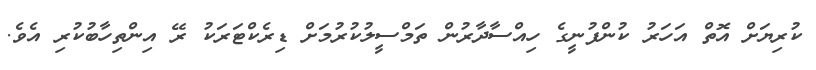
ކުރިޔަށް އޮތް އަހަރު ކުންފުނީގެ ހިއްސާދާރުން ތަމްސީލުކުރުމަށް ޑިރެކްޓަރަކު ރޭ އިންތިހާބުކުރި އެވެ.